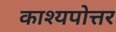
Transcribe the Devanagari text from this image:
काश्यपोत्तर